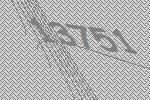
13751